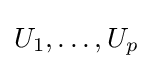
U_{1},\ldots ,U_{p}